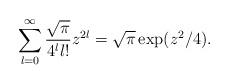
LaTeX: \begin{align*}\sum_{l=0}^\infty \frac{\sqrt{\pi}}{4^l l!}z^{2l}=\sqrt{\pi}\exp(z^2/4).\end{align*}